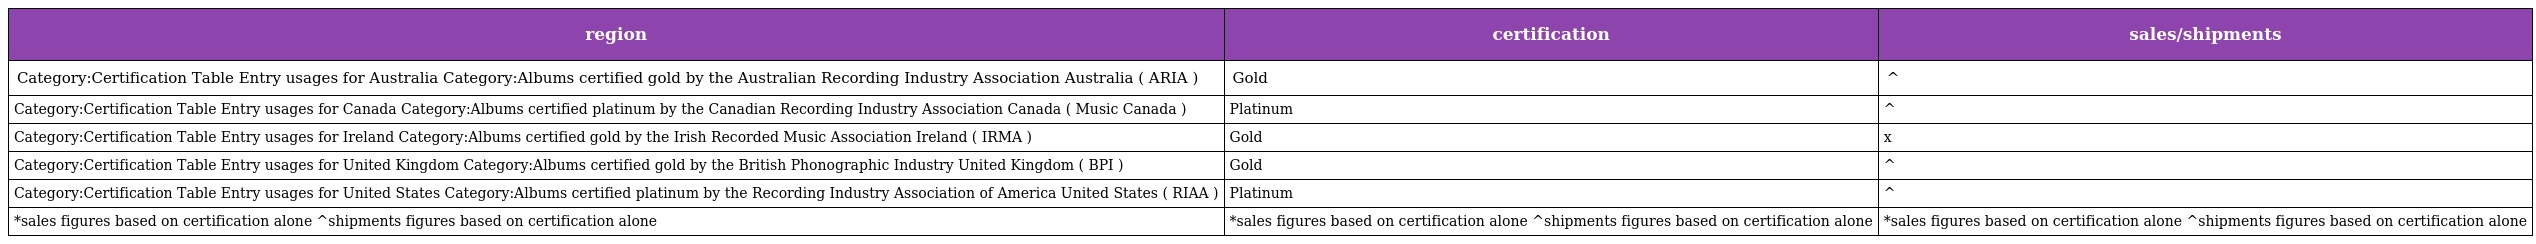
| region | certification | sales/shipments |
 | --- | --- | --- |
 | Category:Certification Table Entry usages for Australia Category:Albums certified gold by the Australian Recording Industry Association Australia ( ARIA ) | Gold | ^ |
 | Category:Certification Table Entry usages for Canada Category:Albums certified platinum by the Canadian Recording Industry Association Canada ( Music Canada ) | Platinum | ^ |
 | Category:Certification Table Entry usages for Ireland Category:Albums certified gold by the Irish Recorded Music Association Ireland ( IRMA ) | Gold | x |
 | Category:Certification Table Entry usages for United Kingdom Category:Albums certified gold by the British Phonographic Industry United Kingdom ( BPI ) | Gold | ^ |
 | Category:Certification Table Entry usages for United States Category:Albums certified platinum by the Recording Industry Association of America United States ( RIAA ) | Platinum | ^ |
 | *sales figures based on certification alone ^shipments figures based on certification alone | *sales figures based on certification alone ^shipments figures based on certification alone | *sales figures based on certification alone ^shipments figures based on certification alone |